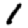
Digit: 1